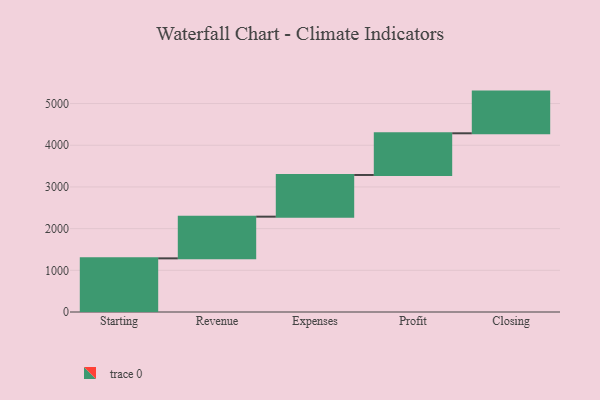
{"axis": {"x": "Step", "y": "Value"}, "legend": [""], "data": [{"x": "Starting", "y": 1287.0, "type": ""}, {"x": "Revenue", "y": 1000, "type": ""}, {"x": "Expenses", "y": 1000, "type": ""}, {"x": "Profit", "y": 1000, "type": ""}, {"x": "Closing", "y": 1000, "type": ""}]}